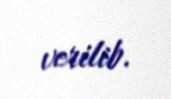
verilib.